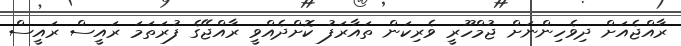
ރާއްޖެއަށް ދިވެހިންނަށް ޖުމްހޫރީ ވެރިކަން ތައާރަފު ކޮށްދެއްވީ ރާއްޖޭގެ ފުރަތަމަ ރައީސް ރައީސް